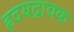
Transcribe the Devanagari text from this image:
ह्रदयद्रावक